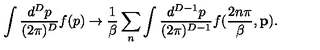
\int \frac { d ^ { D } p } { ( 2 \pi ) ^ { D } } f ( p ) \rightarrow \frac { 1 } { \beta } \sum _ { n } \int \frac { d ^ { D - 1 } p } { ( 2 \pi ) ^ { D - 1 } } f ( \frac { 2 n \pi } { \beta } , { \bf p } ) .